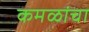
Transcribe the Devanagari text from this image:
कमळांचा